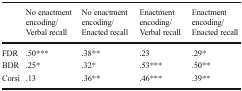
<table><thead><tr><td></td><td><b>No enactment encoding/Verbal recall</b></td><td><b>No enactment encoding/Enacted recall</b></td><td><b>Enactment encoding/ Verbal recall</b></td><td><b>Enactment encoding/ Enacted recall</b></td></tr></thead><tbody><tr><td>FDR</td><td>.50***</td><td>.38**</td><td>.23</td><td>.29*</td></tr><tr><td>BDR</td><td>.25*</td><td>.32*</td><td>.53***</td><td>.50**</td></tr><tr><td>Corsi</td><td>.13</td><td>.36**</td><td>.46***</td><td>.39**</td></tr></tbody></table>